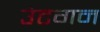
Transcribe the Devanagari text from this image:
उंटगन